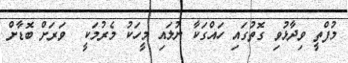
މުފްތީ ވިދާޅުވި ގޮތުގައި ހައްގަކާ ނުލައި މީހަކު މެރުމަކީ  ވަރަށް ބޮޑާށް